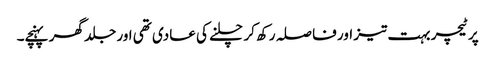
پر ٹیچر بہت تیز اور فا صلہ رکھ کر چلنے کی عادی تھی اور جلد گھر پہنچے۔